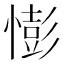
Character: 憉